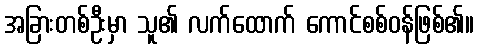
အခြားတစ်ဦးမှာ သူ၏ လက်ထောက် ကောင်စစ်ဝန်ဖြစ်၏။